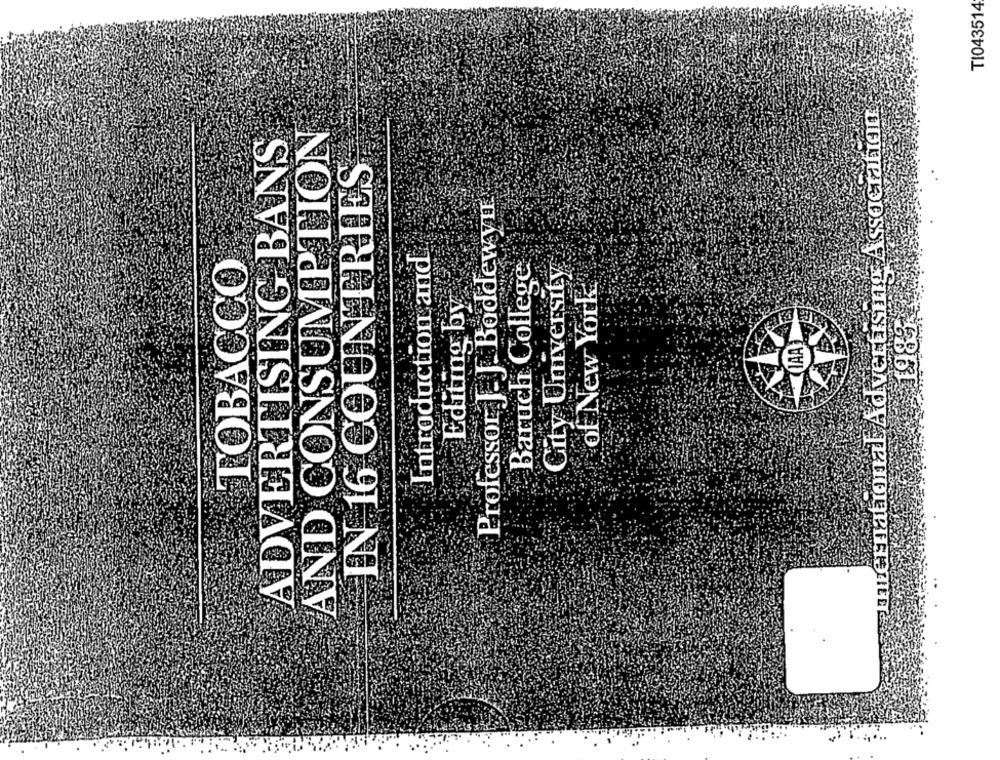
TI043514
Ihrernational Advertising Association
AND CONSUMPTION
ADVERTISING BANS
IN 16 COUNTRIES
Professor J. J. Boddewyn
Introduction and
TOBACCO
Baruch College
City University
of New York
Editing by
LAAT